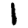
Digit: 1